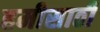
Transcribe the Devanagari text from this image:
हमीसाठी